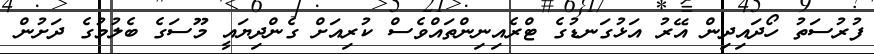
ފުރުސަތު ހޯދައިދިން އޭރު އަޅުގަނޑުގެ ޓްރެއިނިންތައްވެސް ކުރިއަށް ގެންދިޔައީ މޫސަގެ ބެލުމުގެ ދަށުން